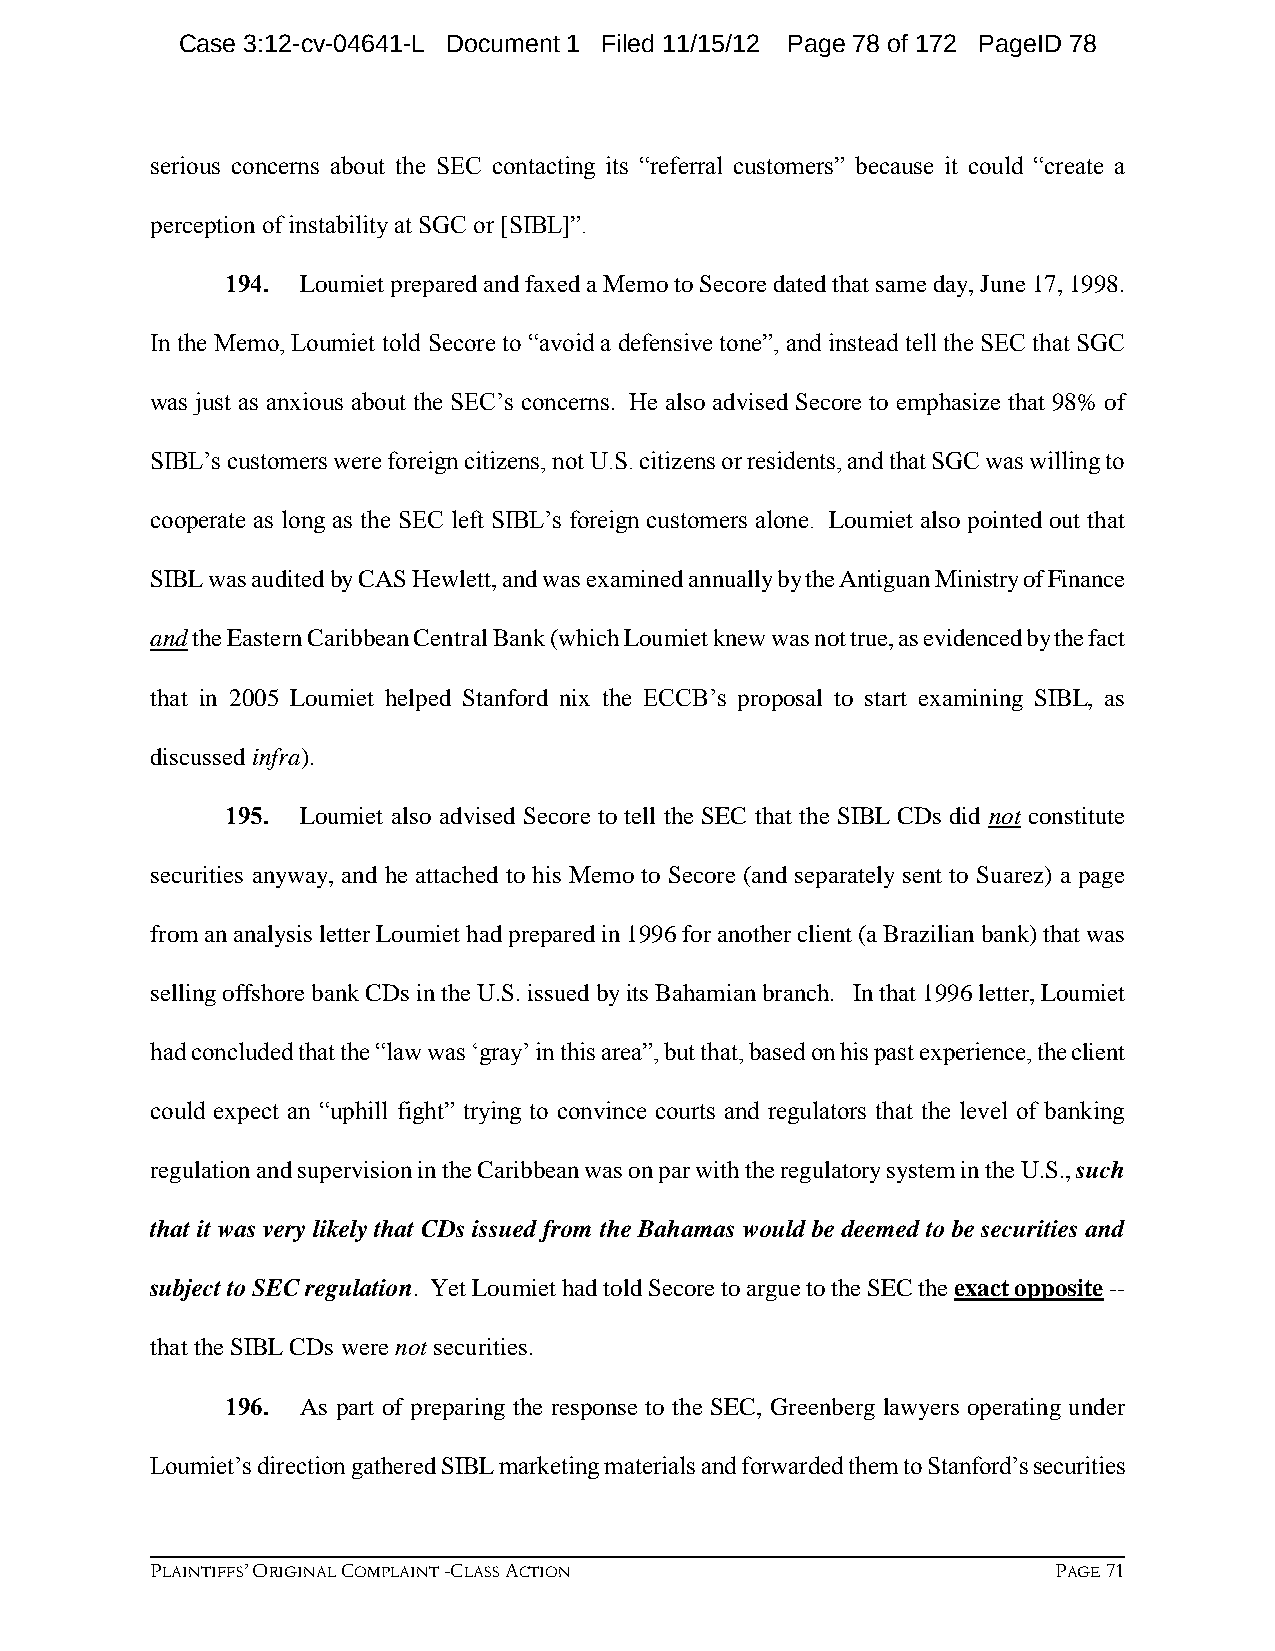
Case 3:12-cv-04641-L Document 1 Filed 11/15/12 Page 78 of 172 PageID 78
 serious concerns about the SEC contacting its “referral customers” because it could “create a
 perception of instability at SGC or [SIBL]”.
 194. Loumiet prepared and faxed a Memo to Secore dated that same day, June 17, 1998.
 In the Memo, Loumiet told Secore to “avoid a defensive tone”, and instead tell the SEC that SGC
 was just as anxious about the SEC’s concerns. He also advised Secore to emphasize that 98% of
 SIBL’s customers were foreign citizens, not U.S. citizens or residents, and that SGC was willing to
 cooperate as long as the SEC left SIBL’s foreign customers alone. Loumiet also pointed out that
 SIBL was audited by CAS Hewlett, and was examined annually by the Antiguan Ministry of Finance
 and the Eastern Caribbean Central Bank (which Loumiet knew was not true, as evidenced by the fact
 that in 2005 Loumiet helped Stanford nix the ECCB’s proposal to start examining SIBL, as
 discussed infra).
 195. Loumiet also advised Secore to tell the SEC that the SIBL CDs did not constitute
 securities anyway, and he attached to his Memo to Secore (and separately sent to Suarez) a page
 from an analysis letter Loumiet had prepared in 1996 for another client (a Brazilian bank) that was
 selling offshore bank CDs in the U.S. issued by its Bahamian branch. In that 1996 letter, Loumiet
 had concluded that the “law was ‘gray’ in this area”, but that, based on his past experience, the client
 could expect an “uphill fight” trying to convince courts and regulators that the level of banking
 regulation and supervision in the Caribbean was on par with the regulatory system in the U.S., such
 that it was very likely that CDs issued from the Bahamas would be deemed to be securities and
 subject to SEC regulation. Yet Loumiet had told Secore to argue to the SEC the exact opposite --
 that the SIBL CDs were not securities.
 196. As part of preparing the response to the SEC, Greenberg lawyers operating under
 Loumiet’s direction gathered SIBL marketing materials and forwarded them to Stanford’s securities
 PLAINTIFFS’ ORIGINAL COMPLAINT -CLASS ACTION                PAGE 71